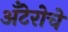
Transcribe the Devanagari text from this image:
अँटेरोचे